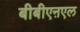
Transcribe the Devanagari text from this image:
बीबीएऩएल